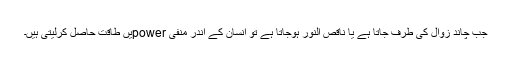
جب چاند زوال کی طرف جاتا ہے یا ناقص النور ہوجاتا ہے تو انسان کے اندر منفی powerیں طاقت حاصل کرلیتی ہیں۔